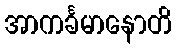
အာကင်္ခမာနောတိ